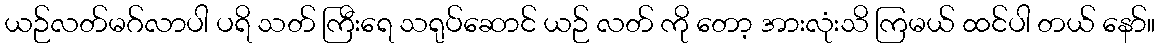
ယဉ်လတ်မဂ်လာပါ ပရိ သတ် ကြီးရေ သရုပ်ဆောင် ယဉ် လတ် ကို တော့ အားလုံးသိ ကြမယ် ထင်ပါ တယ် နော်။